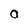
Character: O